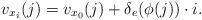
LaTeX: \begin{align*}v_{x_{i}}(j)=v_{x_{0}}(j)+\delta_{e}(\phi(j))\cdot{i}.\end{align*}